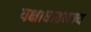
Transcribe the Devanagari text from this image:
पक्षाघातनज्य